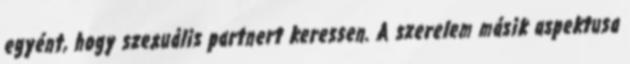
egyént, hogy szexuális partnert keressen. A szerelem másik aspektusa